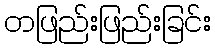
တဖြည်းဖြည်းခြင်း